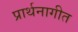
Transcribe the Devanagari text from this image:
प्रार्थनागीत